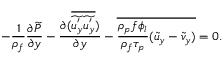
- \frac { 1 } { \rho _ { f } } \frac { \partial \widetilde { P } } { \partial y } - \frac { \partial ( \overline { { \widetilde { u _ { y } ^ { ' } } \widetilde { u _ { y } ^ { ' } } } } ) } { \partial y } - \overline { { \frac { \rho _ { p } f \phi _ { l } } { \rho _ { f } \tau _ { p } } ( \widetilde { u } _ { y } - \widetilde { v } _ { y } ) } } = 0 .